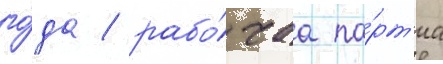
го́да / рабо́чаа па́рт'иа